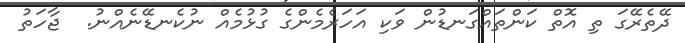
ދޭތެެރޭގަ ތި އޮތް ކަންތައްގަނޑުން ވަކި އަހަރެމެންގެ ގުޅުމެއް ނުކެނޑޭނެއްނު.  ޖާހަތު